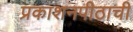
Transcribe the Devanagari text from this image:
प्रकाशनपीठाची